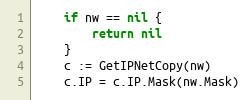
Language: Go
	if nw == nil {
		return nil
	}
	c := GetIPNetCopy(nw)
	c.IP = c.IP.Mask(nw.Mask)